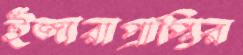
ইজারাপ্রাপ্তির